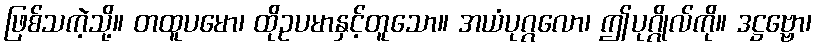
ဖြစ်သကဲ့သို့။ တထူပမော၊ ထိုဥပမာနှင့်တူသော။ အယံပုဂ္ဂလော၊ ဤပုဂ္ဂိုလ်ကို။ ဒဋ္ဌဗ္ဗော၊